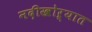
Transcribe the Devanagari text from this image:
नदीखोऱ्यात